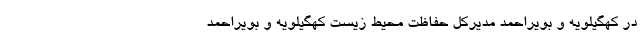
در کهگیلویه و بویراحمد مدیرکل حفاظت محیط زیست کهگیلویه و بویراحمد